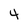
Character: 4